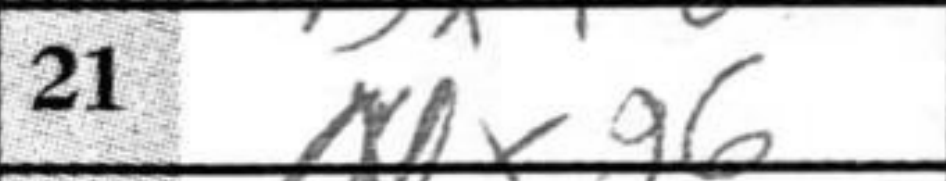
Transcription: Nxg6